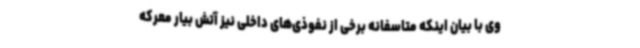
وی با بیان اینکه متاسفانه برخی از نفوذی‌های داخلی نیز آتش بیار معرکه